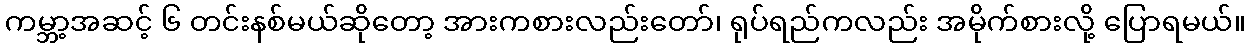
ကမ္ဘာ့အဆင့် ၆ တင်းနစ်မယ်ဆိုတော့ အားကစားလည်းတော်၊ ရုပ်ရည်ကလည်း အမိုက်စားလို့ ပြောရမယ်။